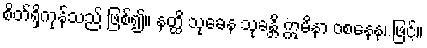
စိတ်ရှိကုန်သည် ဖြစ်၍။ နတ္ထိ သုခေန သုခန္တိ ဣမိနာ ဝစနေန၊ ဖြင့်။